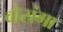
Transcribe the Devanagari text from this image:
वोसंगा